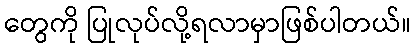
တွေကို ပြုလုပ်လို့ရလာမှာဖြစ်ပါတယ်။